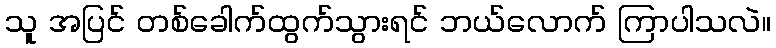
သူ အပြင် တစ်ခေါက်ထွက်သွားရင် ဘယ်လောက် ကြာပါသလဲ။